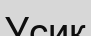
Усик